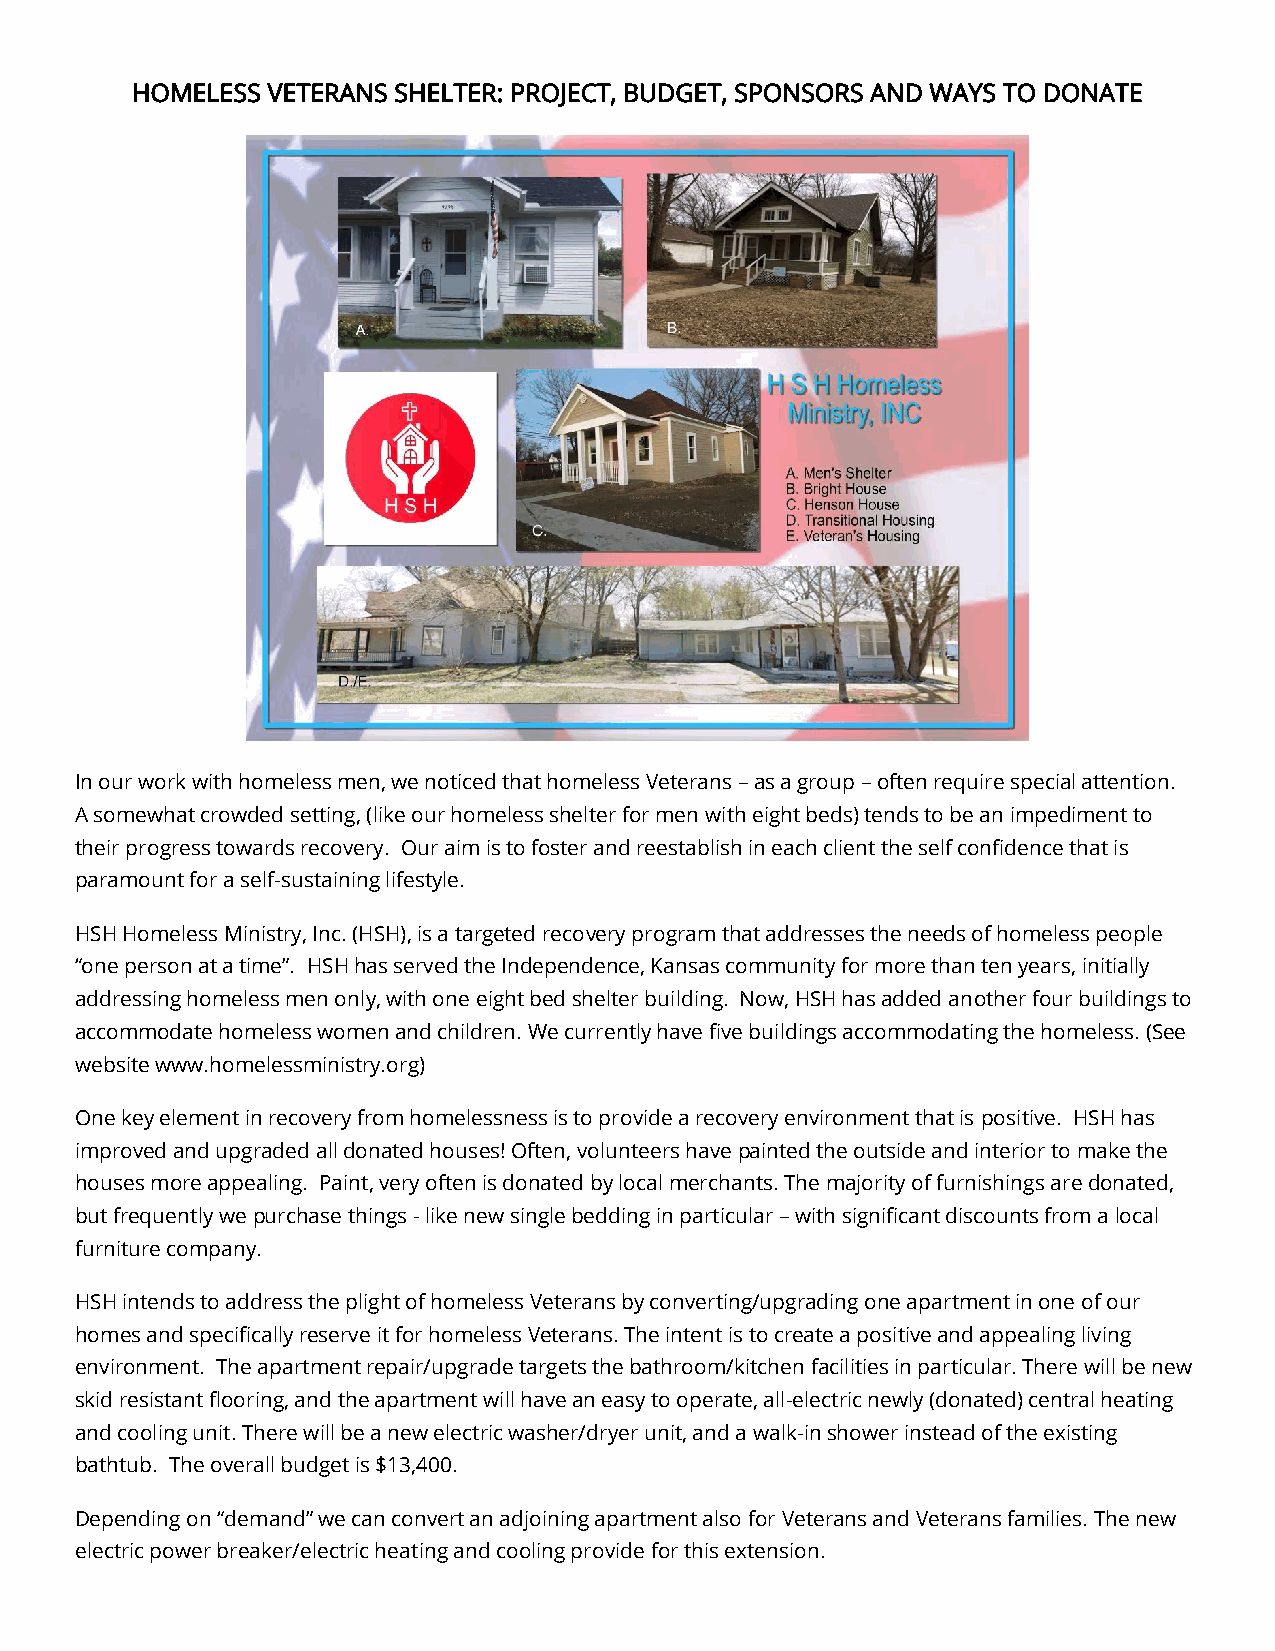
HOMELESS VETERANS SHELTER: PROJECT, BUDGET, SPONSORS AND WAYS TO DONATE
 In our work with homeless men, we noticed that homeless Veterans – as a group – often require special attention.
 A somewhat crowded setting, (like our homeless shelter for men with eight beds) tends to be an impediment to
 their progress towards recovery. Our aim is to foster and reestablish in each client the self confidence that is
 paramount for a self-sustaining lifestyle.
 HSH Homeless Ministry, Inc. (HSH), is a targeted recovery program that addresses the needs of homeless people
 “one person at a time”. HSH has served the Independence, Kansas community for more than ten years, initially
 addressing homeless men only, with one eight bed shelter building. Now, HSH has added another four buildings to
 accommodate homeless women and children. We currently have five buildings accommodating the homeless. (See
 website www.homelessministry.org)
 One key element in recovery from homelessness is to provide a recovery environment that is positive. HSH has
 improved and upgraded all donated houses! Often, volunteers have painted the outside and interior to make the
 houses more appealing. Paint, very often is donated by local merchants. The majority of furnishings are donated,
 but frequently we purchase things - like new single bedding in particular – with significant discounts from a local
 furniture company.
 HSH intends to address the plight of homeless Veterans by converting/upgrading one apartment in one of our
 homes and specifically reserve it for homeless Veterans. The intent is to create a positive and appealing living
 environment. The apartment repair/upgrade targets the bathroom/kitchen facilities in particular. There will be new
 skid resistant flooring, and the apartment will have an easy to operate, all-electric newly (donated) central heating
 and cooling unit. There will be a new electric washer/dryer unit, and a walk-in shower instead of the existing
 bathtub. The overall budget is $13,400.
 Depending on “demand” we can convert an adjoining apartment also for Veterans and Veterans families. The new
 electric power breaker/electric heating and cooling provide for this extension.